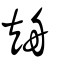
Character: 矪